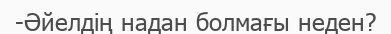
-Әйелдің надан болмағы неден?